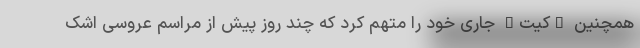
همچنین "کیت" جاری خود را متهم کرد که چند روز پیش از مراسم عروسی اشک